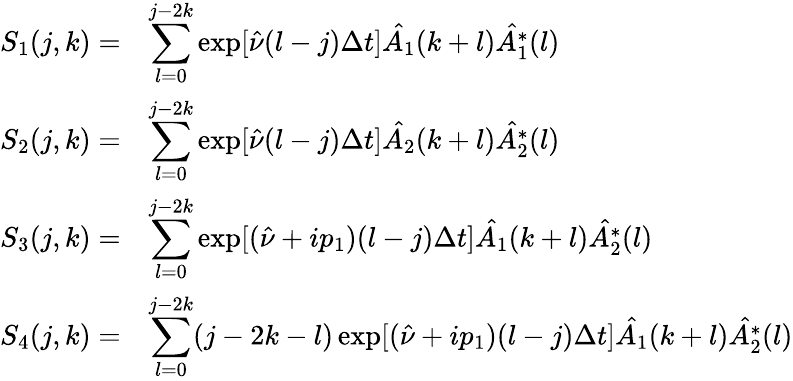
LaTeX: \begin{array}{rl}{S_{1}(j,k)=}&{\displaystyle\sum_{l=0}^{j-2k}\exp[\hat{\nu}(l-j)\Delta t]\hat{A_{1}}(k+l)\hat{A_{1}^{*}}(l)}\\ {S_{2}(j,k)=}&{\displaystyle\sum_{l=0}^{j-2k}\exp[\hat{\nu}(l-j)\Delta t]\hat{A_{2}}(k+l)\hat{A_{2}^{*}}(l)}\\ {S_{3}(j,k)=}&{\displaystyle\sum_{l=0}^{j-2k}\exp[(\hat{\nu}+ip_{1})(l-j)\Delta t]\hat{A_{1}}(k+l)\hat{A_{2}^{*}}(l)}\\ {S_{4}(j,k)=}&{\displaystyle\sum_{l=0}^{j-2k}(j-2k-l)\exp[(\hat{\nu}+ip_{1})(l-j)\Delta t]\hat{A_{1}}(k+l)\hat{A_{2}^{*}}(l)}\end{array}